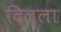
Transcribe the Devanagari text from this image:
दिल्ला